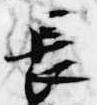
長